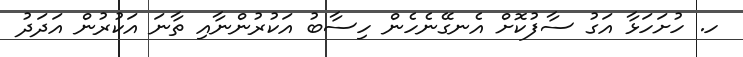
ހ. ހުށަހަޅާ އަގު ސާފުކޮށް އެނގޭނެހެން ހިސާބު އަކުރުންނާއި ތާނަ އަކުރުން އަދަދު